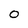
Character: 0